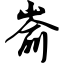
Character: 嵛